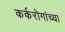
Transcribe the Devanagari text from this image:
कर्करोगांच्या